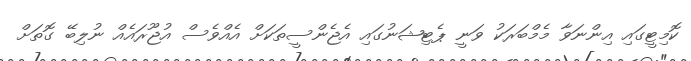
ކޮމިޓީގައި އިންނަވާ މެމްބަރަކު ވަނީ ޕެޓިޝަނުގައި އެޖެންސީތަކަށް އެއްވެސް އުޖޫރައެއް ނުލިބޭ ގޮތަށް